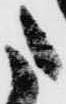
た